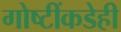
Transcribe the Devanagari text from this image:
गोष्टींकडेही